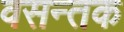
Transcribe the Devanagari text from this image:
वसन्तक